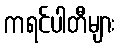
ကရင်ပါတီများ